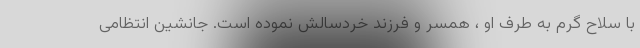
با سلاح گرم به طرف او ، همسر و فرزند خردسالش نموده است. جانشین انتظامی